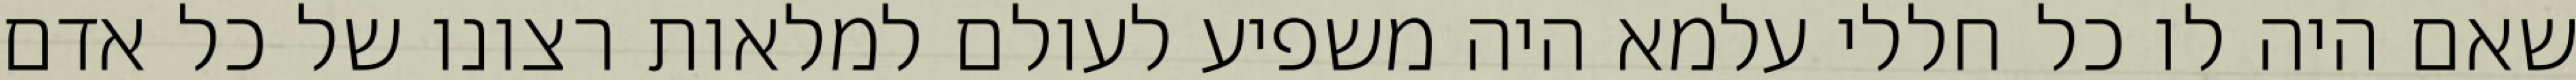
שאם היה לו כל חללי עלמא היה משפיע לעולם למלאות רצונו של כל אדם